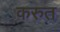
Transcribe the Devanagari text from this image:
करुत